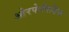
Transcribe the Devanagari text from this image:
ओरफेनिडिस